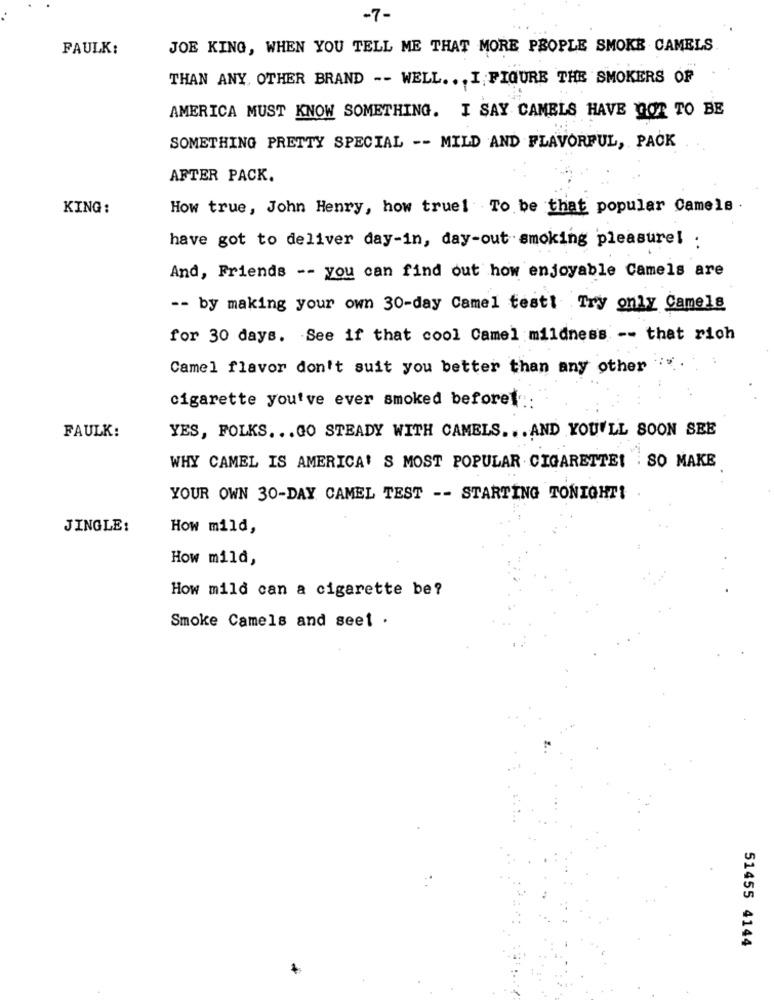
-7-
FAULK:
JOE KING, WHEN YOU TELL ME THAT MORE PEOPLE SMOKE CAMELS.
THAN ANY, OTHER BRAND -- WELL. . . I FIGURE THE SMOKERS OF
AMERICA MUST KNOW SOMETHING. I SAY CAMELS HAVE GOT TO BE
SOMETHING PRETTY SPECIAL -- MILD AND FLAVORFUL, PACK
AFTER PACK.
KING:
How true, John Henry, how truel To be that popular Camels .
have got to deliver day-in, day-out smoking pleasure! :
And, Friends -- you can find out how enjoyable Camels are
-- by making your own 30-day Camel testt Try only Camels
for 30 days. See if that cool Camel mildness -- that rich
Camel flavor don't suit you better than any other
cigarette you've ever smoked beforet ::
YES, FOLKS. .. GO STEADY WITH CAMELS ... AND YOU'LL SOON SEE
FAULK:
WHY CAMEL IS AMERICA' S MOST POPULAR CIGARETTE! SO MAKE
YOUR OWN 30-DAY CAMEL TEST -- STARTING TONIGHT!
JINGLE:
How mild,
How mild,
How mild can a cigarette be?
Smoke Camels and seet .
51455 4144